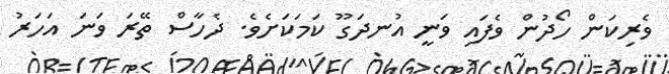
ވެރިކަން ހޯދުން ވެފައި ވަނީ އުނދަގޫ ކަމަކަށެވެ. ދެހާސް ތޭރަ ވަނަ އަހަރު